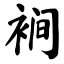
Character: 裥